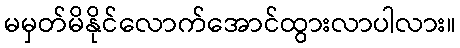
မမှတ်မိနိုင်လောက်အောင်ထွားလာပါလား။